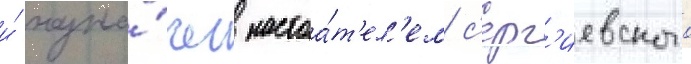
и́ назна́чен настоа́т'ел'ем с'ерг'иевского